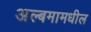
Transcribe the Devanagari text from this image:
अल्बमामधील